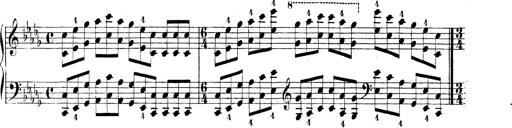
Title: Technische Studien
Composer: Franz Liszt